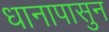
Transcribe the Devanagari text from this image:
धानापासुन